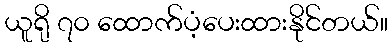
ယူရို ၇၀ ထောက်ပံ့ပေးထားနိုင်တယ်။